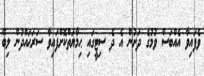
ވެފައިވާ އެއްބަސް ވުމުގެ ދަށުން އެ ދެ ސިޓީގައި ޙިމާޔަތްކޮށްފައިވާ ސަރަޙައްދުން ލިބޭ